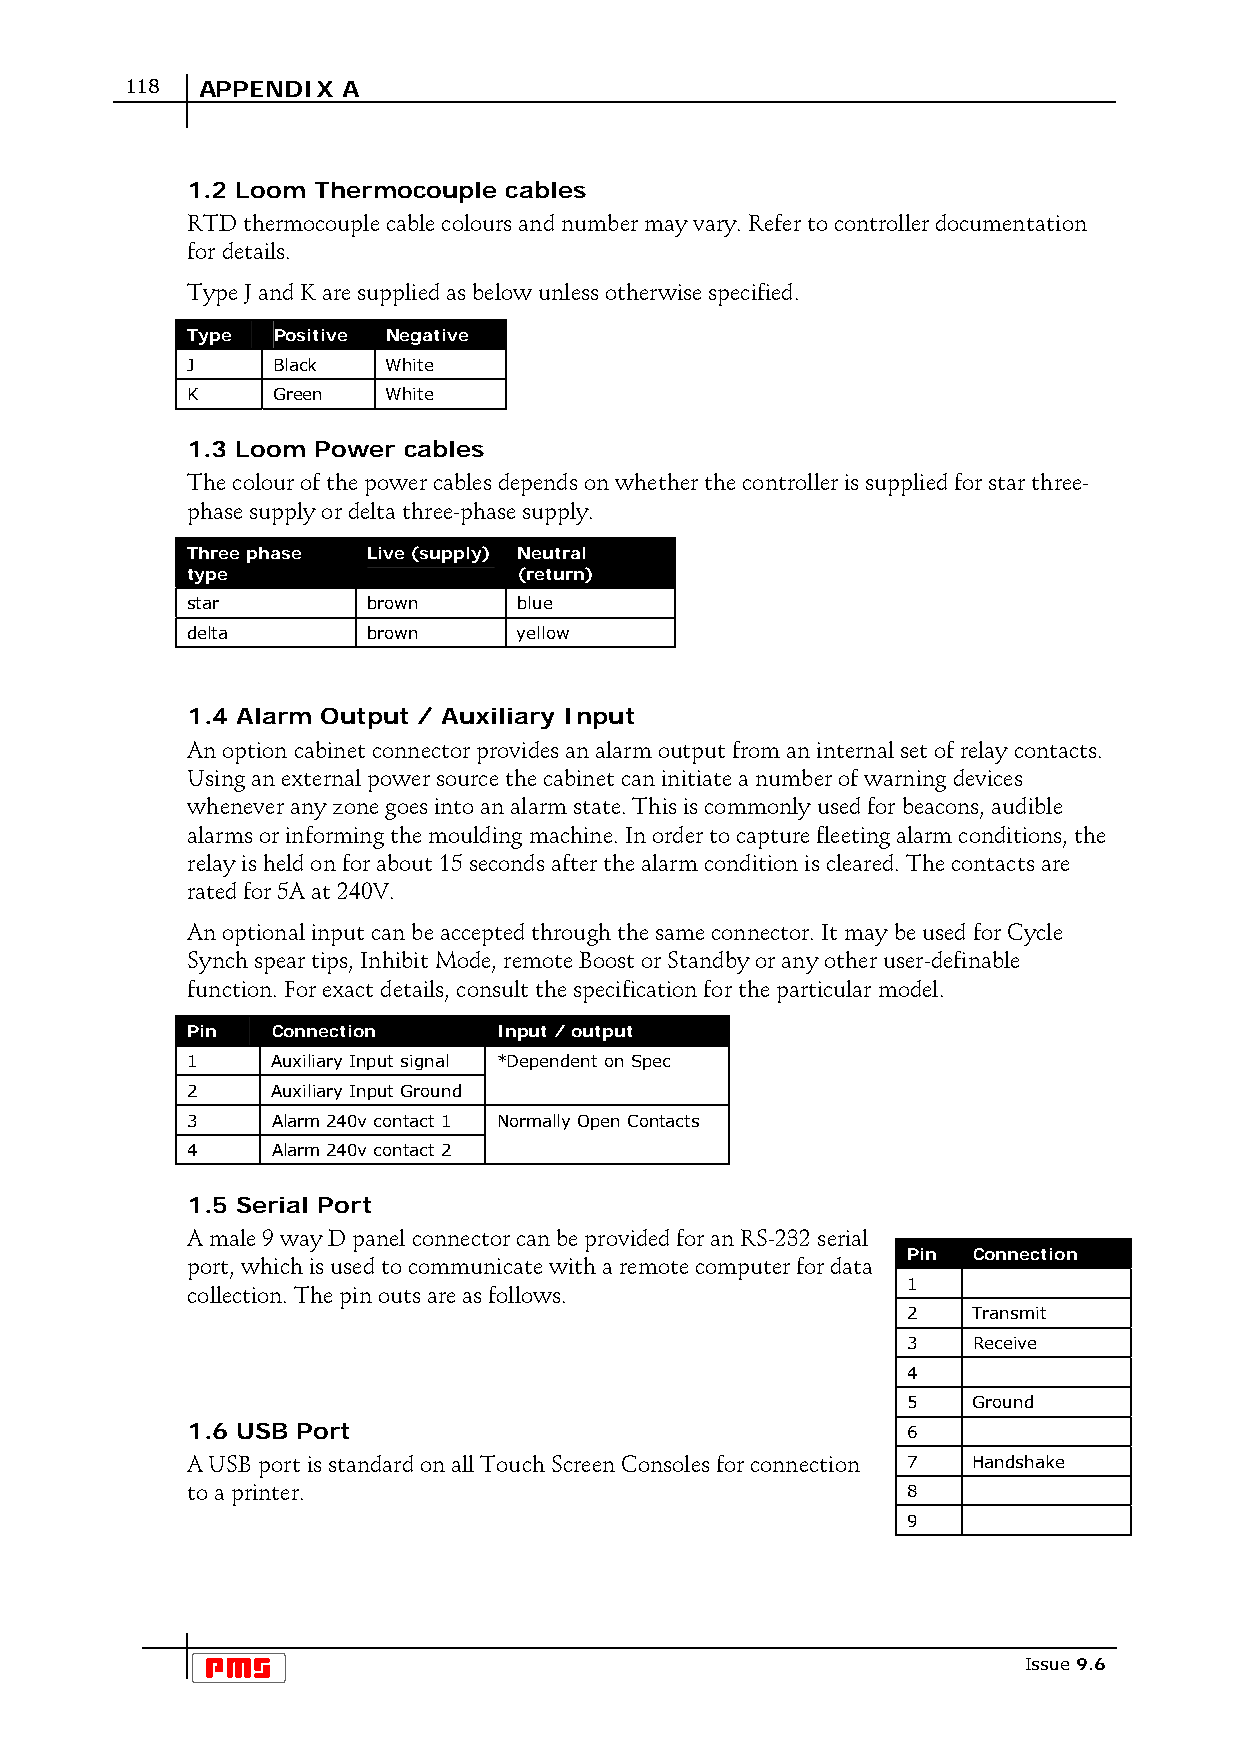
118  APPENDIX  A
 1.2 Loom Thermocouple cables
 RTD thermocouple cable colours and number may vary. Refer to controller documentation
 for details.
 Type J and K are supplied as below unless otherwise specified.
 Type  Positive Negative
 J     Black   White
 K     Green   White
 1.3 Loom Power cables
 The colour of the power cables depends on whether the controller is supplied for star three-
 phase supply or delta three-phase supply.
 Three phase Live (supply) Neutral
 type                  (return)
 star        brown     blue
 delta       brown     yellow
 1.4 Alarm Output / Auxiliary Input
 An option cabinet connector provides an alarm output from an internal set of relay contacts.
 Using an external power source the cabinet can initiate a number of warning devices
 whenever any zone goes into an alarm state. This is commonly used for beacons, audible
 alarms or informing the moulding machine. In order to capture fleeting alarm conditions, the
 relay is held on for about 15 seconds after the alarm condition is cleared. The contacts are
 rated for 5A at 240V.
 An optional input can be accepted through the same connector. It may be used for Cycle
 Synch spear tips, Inhibit Mode, remote Boost or Standby or any other user-definable
 function. For exact details, consult the specification for the particular model.
 Pin   Connection     Input / output
 1     Auxiliary Input signal *Dependent on Spec
 2     Auxiliary Input Ground
 3     Alarm 240v contact 1 Normally Open Contacts
 4     Alarm 240v contact 2
 1.5 Serial Port
 A male 9 way D panel connector can be provided for an RS-232 serial
 Pin Connection
 port, which is used to communicate with a remote computer for data
 1
 collection. The pin outs are as follows.
 2   Transmit
 3   Receive
 4
 5   Ground
 1.6 USB Port                                    6
 A USB port is standard on all Touch Screen Consoles for connection 7 Handshake
 to a printer.                                   8
 9
 Issue 9.6